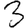
Digit: 3